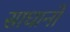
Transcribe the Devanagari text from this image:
साधानो